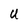
Character: U